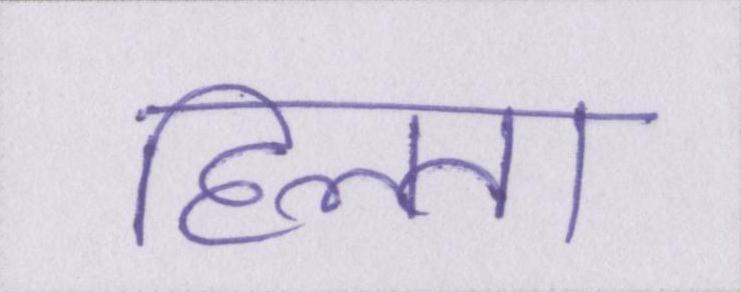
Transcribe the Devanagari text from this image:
हिलता